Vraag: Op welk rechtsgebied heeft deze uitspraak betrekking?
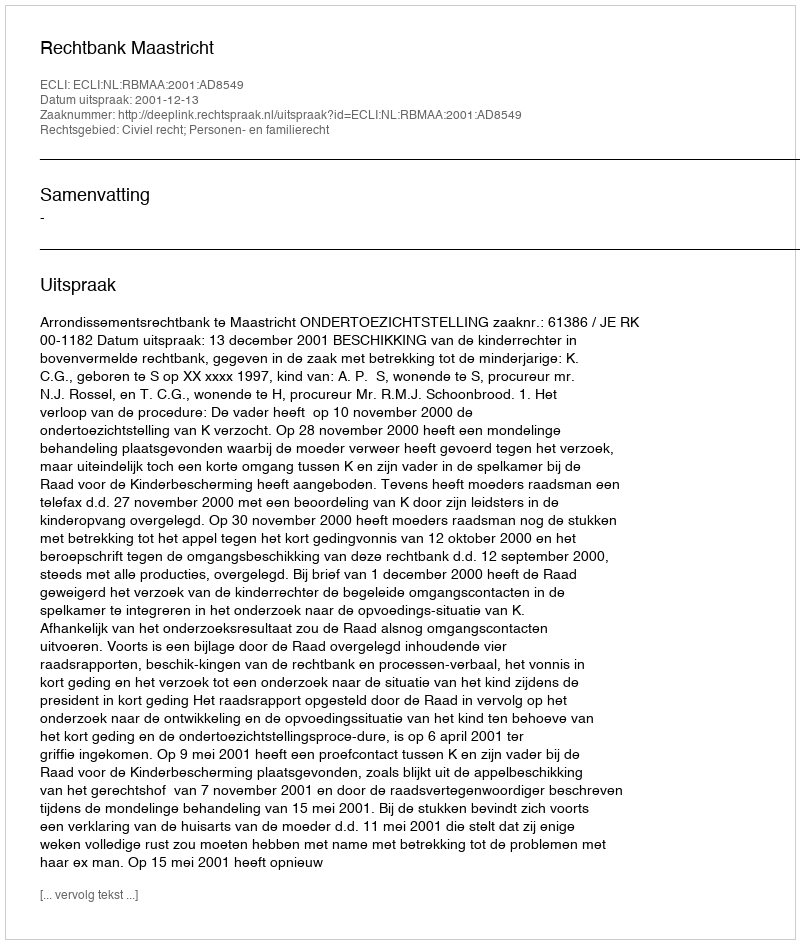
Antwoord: Civiel recht; Personen- en familierecht